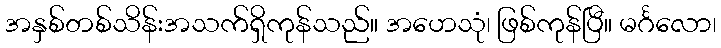
အနှစ်တစ်သိန်းအသက်ရှိကုန်သည်။ အဟေသုံ၊ ဖြစ်ကုန်ပြီ။ မင်္ဂလော၊